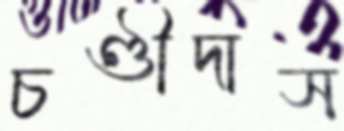
চণ্ডীদাস